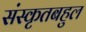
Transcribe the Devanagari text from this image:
संस्कृतबहुल